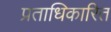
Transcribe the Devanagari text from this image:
प्रताधिकारित